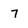
Character: 7